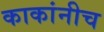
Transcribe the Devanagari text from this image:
काकांनीच